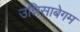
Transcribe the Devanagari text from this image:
उन्निसाबेगम